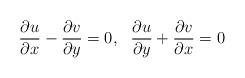
LaTeX: \begin{align*} \frac{\partial u}{\partial x}-\frac{\partial v}{\partial y}=0,~~\frac{\partial u}{\partial y}+\frac{\partial v}{\partial x}=0\end{align*}